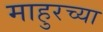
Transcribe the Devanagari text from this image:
माहुरच्या